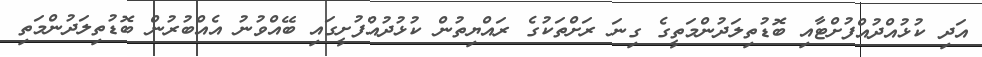
އަދި ކުޅުއްދުއްފުށްޓާއި ބޮޑުތިލަދުންމަތީގެ ގިނަ ރަށްތަކުގެ ރައްޔިތުން ކުޅުދުއްފުށީގައި ބޭއްވުނު އެއްބުރުން ބޮޑުތިލަދުންމަތި